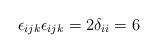
LaTeX: \begin{align*}\epsilon_{ijk}\epsilon_{ijk}=2\delta_{ii}=6\end{align*}